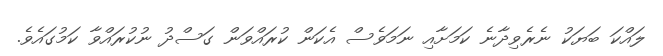
ލައްކަ ބަޔަކު ނެރެވިދާނެ ކަމަށާއި ނަމަވެސް އެކަން ކުރައްވަން ގަސްދު ނުކުރައްވާ ކަމުގައެވެ.